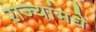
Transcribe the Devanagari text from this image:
राज्यांमधे